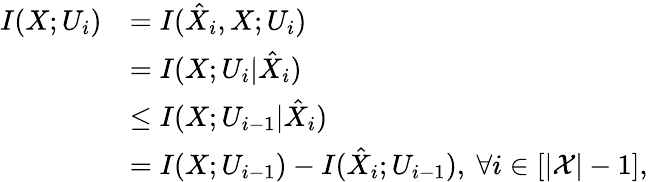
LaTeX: \begin{array}{rl}{I(X;U_{i})}&{=I(\hat{X}_{i},X;U_{i})}\\ &{=I(X;U_{i}|\hat{X}_{i})}\\ &{\leq I(X;U_{i-1}|\hat{X}_{i})}\\ &{=I(X;U_{i-1})-I(\hat{X}_{i};U_{i-1}),\ \forall i\in[|\mathcal{X}|-1],}\end{array}